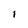
Character: i